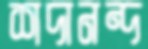
শদানন্দ